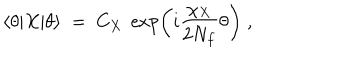
LaTeX: \langle \theta | X | \theta \rangle \; = \; C _ { X } \; \exp \left( i \frac { \chi _ { X } } { 2 N _ { f } } \theta \right) \; ,